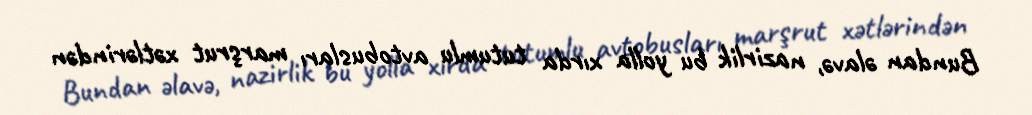
Bundan əlavə, nazirlik bu yolla xırda tutumlu avtobusları marşrut xətlərindən